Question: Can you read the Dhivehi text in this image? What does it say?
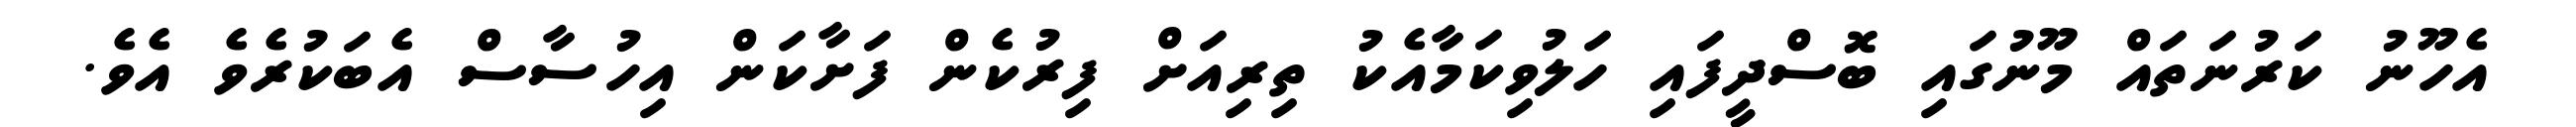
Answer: އެހޫނު ކަރުނަތައް މޫނުގައި ބޮސްދީފައި ހަލުވިކަމާއެކު ތިރިއަށް ފިރުކެން ފަށާކަން އިހުސާސް އެބަކުރެވެ އެވެ.